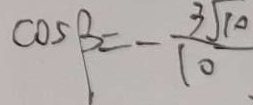
\cos \beta = - \frac { 3 \sqrt { 1 0 } } { 1 0 }